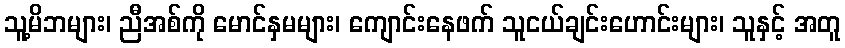
သူ့မိဘများ၊ ညီအစ်ကို မောင်နှမများ၊ ကျောင်းနေဖက် သူငယ်ချင်းဟောင်းများ၊ သူနှင့် အတူ